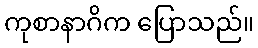
ကုစာနာဂိက ပြောသည်။